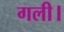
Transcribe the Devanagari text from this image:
गली।